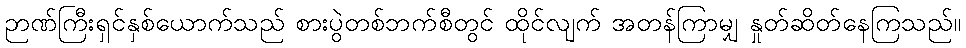
ဉာဏ်ကြီးရှင်နှစ်ယောက်သည် စားပွဲတစ်ဘက်စီတွင် ထိုင်လျက် အတန်ကြာမျှ နှုတ်ဆိတ်နေကြသည်။